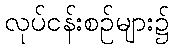
လုပ်ငန်းစဉ်များ၌